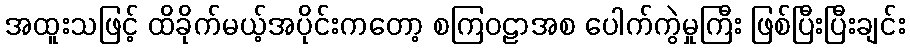
အထူးသဖြင့် ထိခိုက်မယ့်အပိုင်းကတော့ စကြဝဠာအစ ပေါက်ကွဲမှုကြီး ဖြစ်ပြီးပြီးချင်း